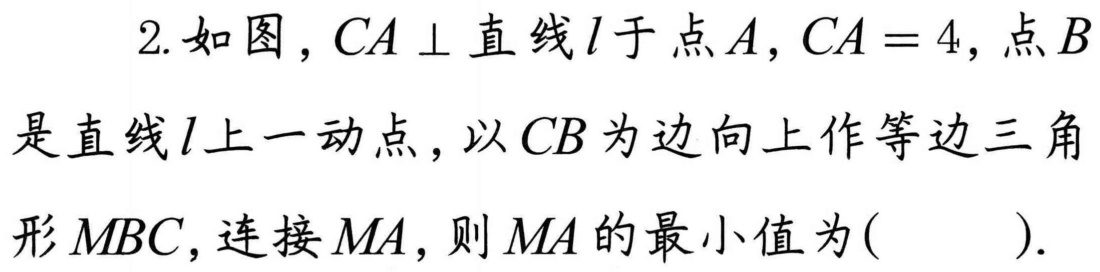
2. 如图，\(CA\perp\)直线\(l\)于点\(A\)，\(CA = 4\)，点\(B\)是直线\(l\)上一动点，以\(CB\)为边向上作等边三角形\(MBC\)，连接\(MA\)，则\(MA\)的最小值为( ).